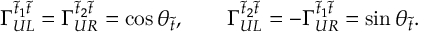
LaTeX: \Gamma _ { U L } ^ { \tilde { t } _ { 1 } \tilde { t } } = \Gamma _ { U R } ^ { \tilde { t } _ { 2 } \tilde { t } } = \cos \theta _ { \tilde { t } } , \qquad \Gamma _ { U L } ^ { \tilde { t } _ { 2 } \tilde { t } } = - \Gamma _ { U R } ^ { \tilde { t } _ { 1 } \tilde { t } } = \sin \theta _ { \tilde { t } } .